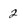
Character: 2